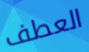
العطف